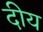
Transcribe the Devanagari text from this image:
दीय